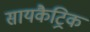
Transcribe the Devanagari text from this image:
सायकैट्रिक